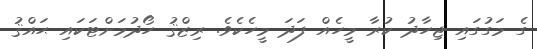
ގެ މަގުގައި ޖިހާދު ކުރާ މީހެއް ފަދަ މީހެކެވެ. ރިޒްޤު ހޯދުމަށްޓަކައި ޙައްޤު